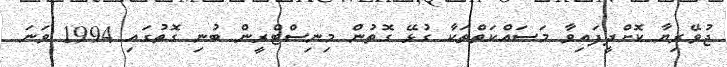
ޖުވޭރިޔާ ކޮށްދީފައިވާ މަސައްކަތްތަކާ ގުޅޭ ގޮތުން މިނިސްޓްރީން ބުނި ގޮތުގައި 1994 ވަނަ